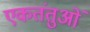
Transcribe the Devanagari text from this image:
एकतंतुओं